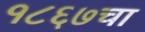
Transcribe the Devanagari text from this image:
१८६७चा